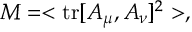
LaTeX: M = < \mathrm { t r } [ A _ { \mu } , A _ { \nu } ] ^ { 2 } > ,